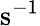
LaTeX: \mathrm{{s}^{-1}}